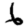
Digit: 6